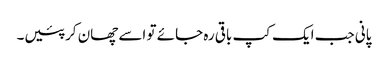
پانی جب ایک کپ باقی رہ جائے تو اسے چھان کر پئیں۔